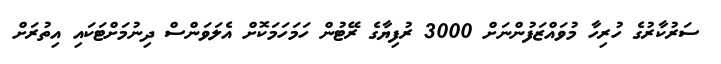
ސަރުކާރުގެ ހުރިހާ މުވައްޒަފުންނަށް 3000 ރުފިޔާގެ ރޭޓުން ހަމަަހަމަކޮށް އެލަވަންސް ދިނުމަށްޓަކައި އިތުރަށް